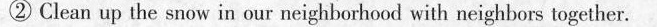
② Clean up the snow in our neighborhood with neighbors together.